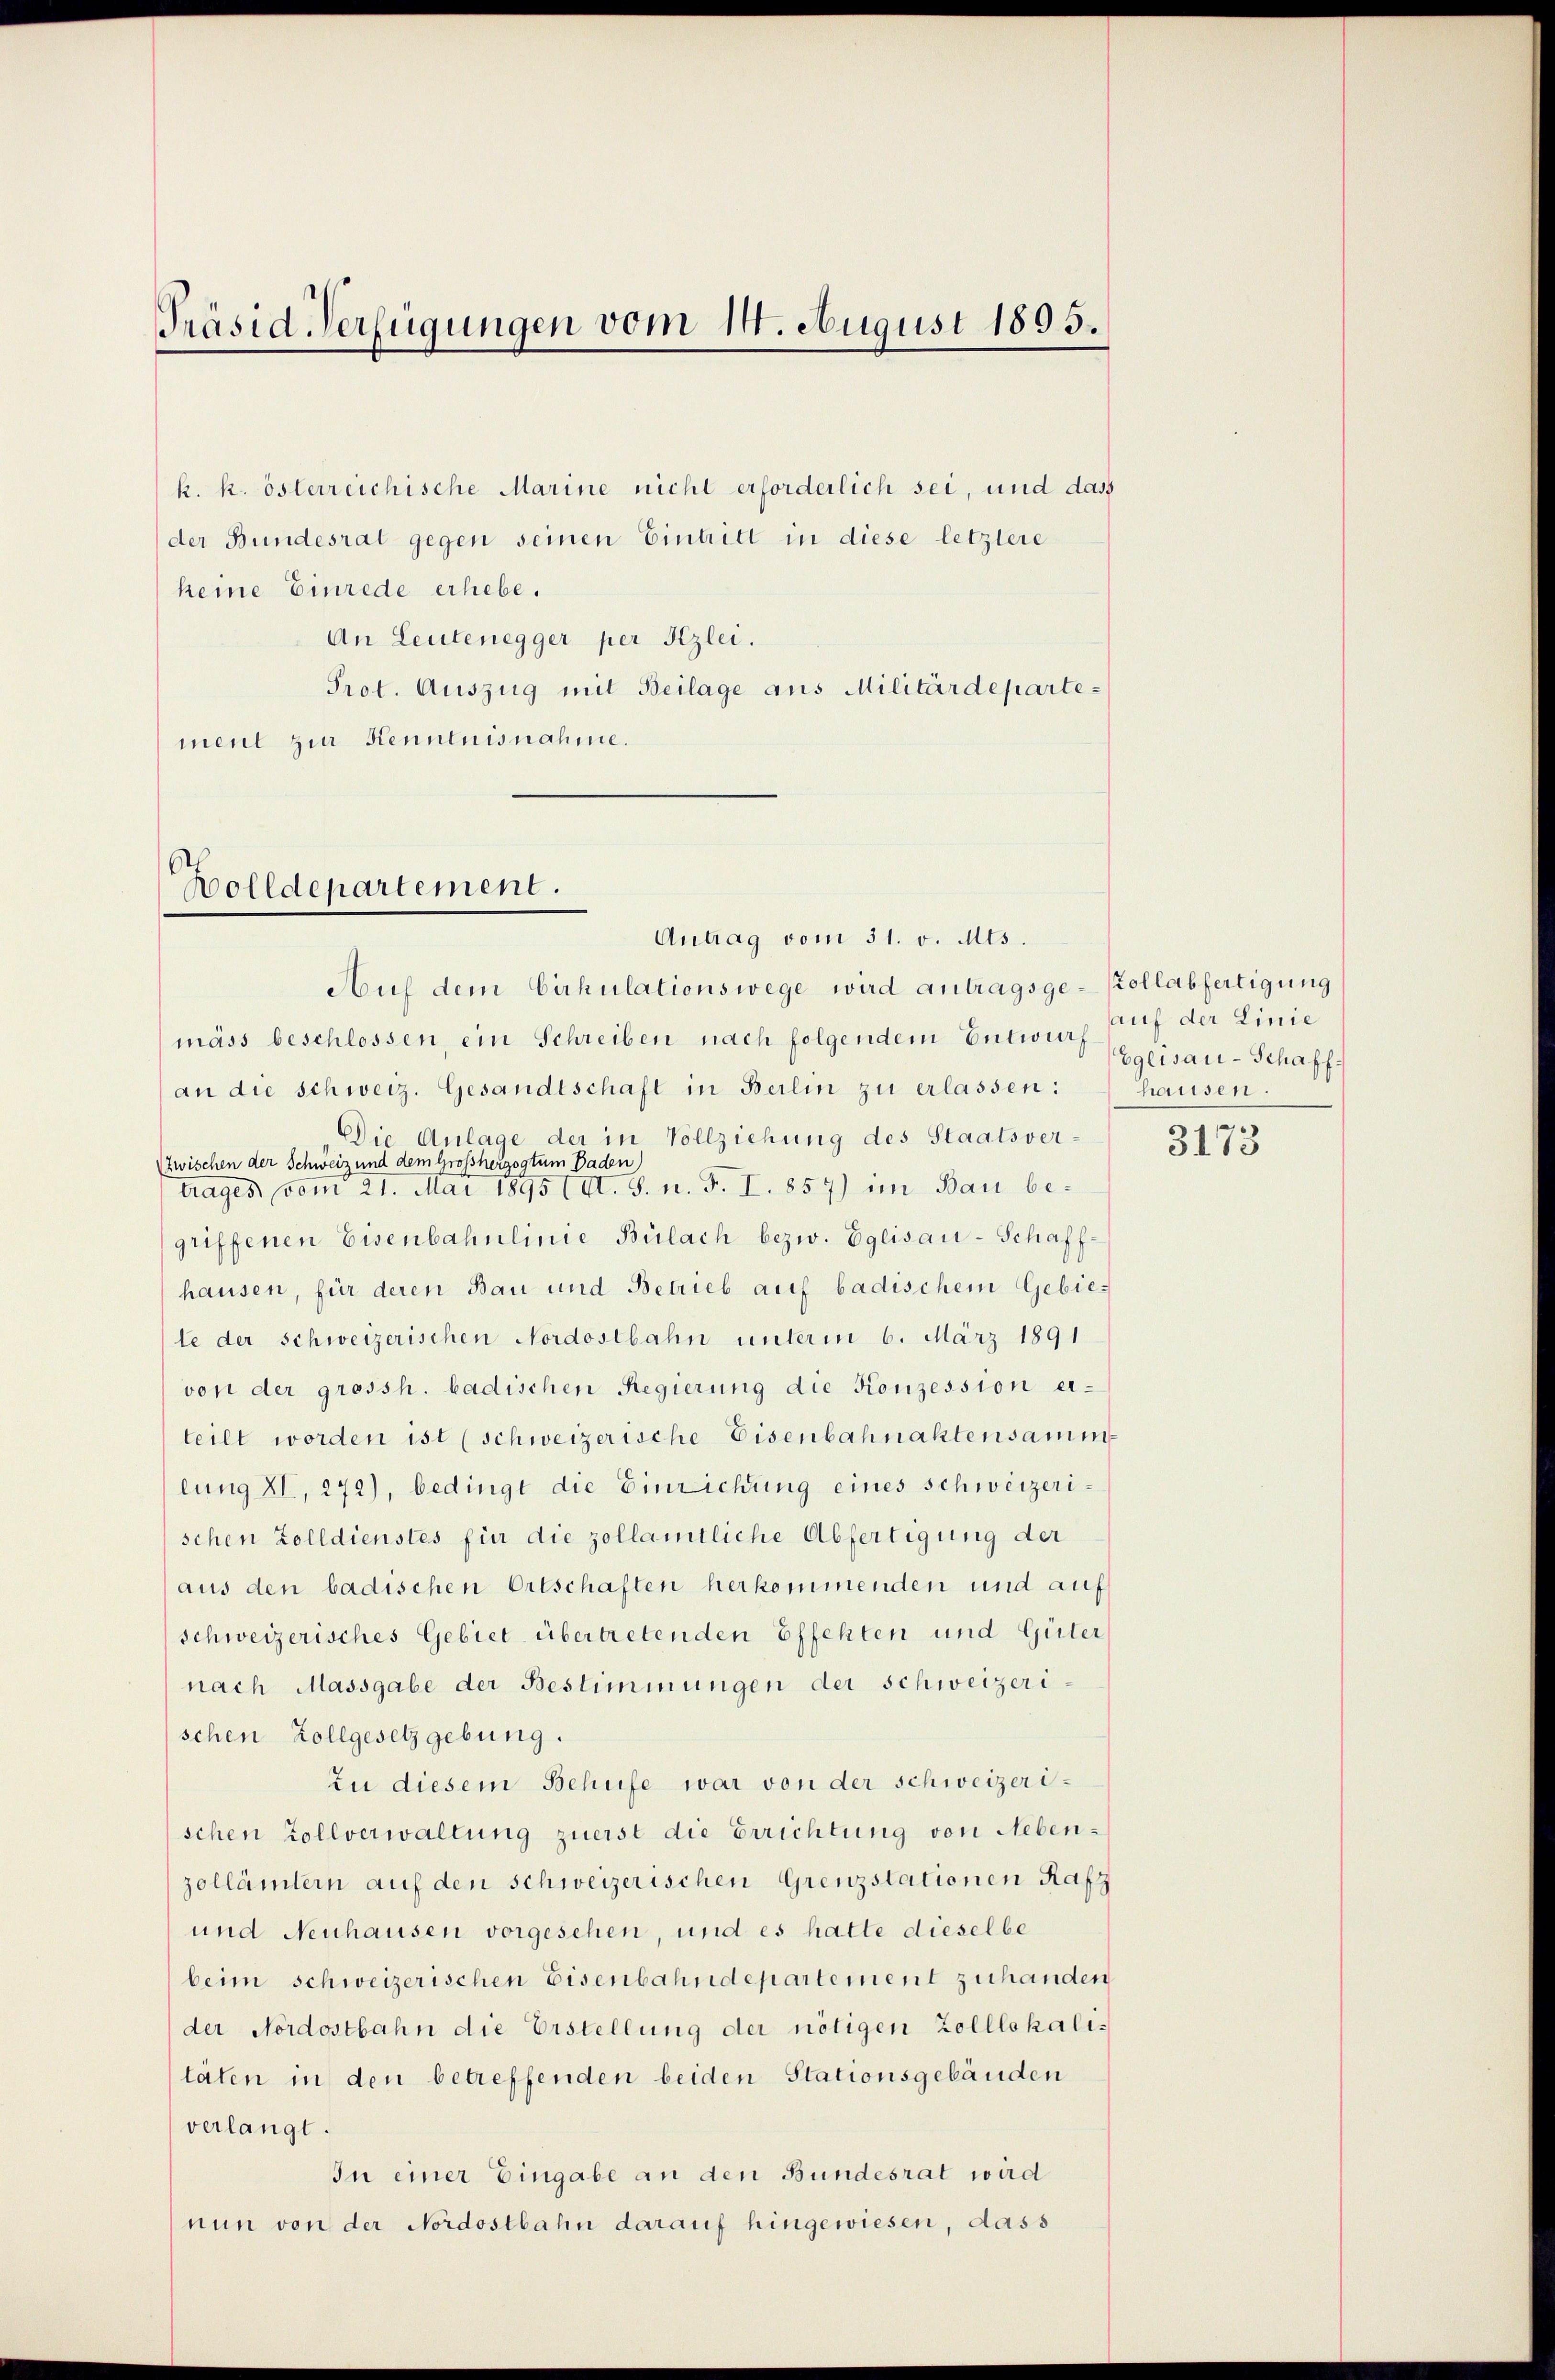
Präsid Verfügungen vom 14. August 1805.

k. k. österreichische Marine nicht erforderlich sei, und dass
der Bundesrat gegen seinen Eintritt in diese letztere
keine Einrede erhebe.
An Leutenegger per Kzlei.
Prot. Auszug mit Beilage aus Militärdepartement zur Kenntnisnahme.

Holldepartement.

Antrag vom 31. v. Mts.
Auf dem Cirkulationswege wird antragsge-Kollabfertigung
mäss beschlossen, ein Schreiben nach folgendem Entwurf
an die schweiz. Gesandtschaft in Berlin zu erlassen:
Die Anlage der in Vollziehung des Staatsver-
ZZwischen der Schweiz und dem Großherzogtum Baden)
trages vom 21. Mai 1895 ( A. S. n. F. I. 857) im Bau be-
griffenen Eisenbahnlinie Bülach bezw. Eglisau-Schaffhausen, für deren Bau und Betrieb auf badischem Gebiele der schweizerischen Nordostbahn unterm 6. März 1891
von der grossh. badischen Regierung die Konzession erteilt worden ist (schweizerische Eisenbahnaktensamm
lung II, 272), bedingt die Einrichung eines schweizerischen Zolldienstes für die zollamtliche Abfertigung der
aus den badischen Ortschaften herkommenden und auf
schweizerisches Gebiet übertretenden Effekten und Güter
nach Massgabe der Bestimmungen der Schweizerischen Zollgesetzgebung.
zu diesem Behufe war von der schweizerischen Zollverwaltung zuerst die Errichtung von Nebenzollämtern auf den schweizerischen Grenzstationen Rafz
und Neuhausen vorgesehen, und es hatte dieselbe
beim schweizerischen Eisenbahndepartement zu handen
der Nordostbahn die Erstellung der nötigen Zolllokalitäten in den betreffenden beiden Stationsgebäuden
verlangt.
In einer Eingabe an den Bundesrat wird
nun von der Nordostbahn darauf hingewiesen, dass

auf der Linie
Eglisau-Schaff
hausen.

3173